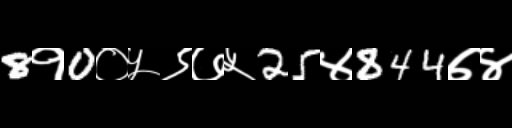
Text: 8१0०५९७५25४844७४